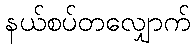
နယ်စပ်တလျှောက်